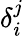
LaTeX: \delta_{i}^{j}